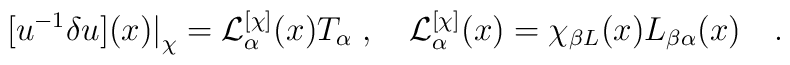
[u^{-1}\delta u](x) \big|_\chi =   {\cal L}^{[\chi]}_\alpha (x)T_\alpha\; ,\quad  {\cal L}^{[\chi]}_\alpha (x)  =\chi_{\beta L}(x)L_{\beta \alpha}(x)\quad .